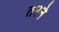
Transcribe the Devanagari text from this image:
तरने